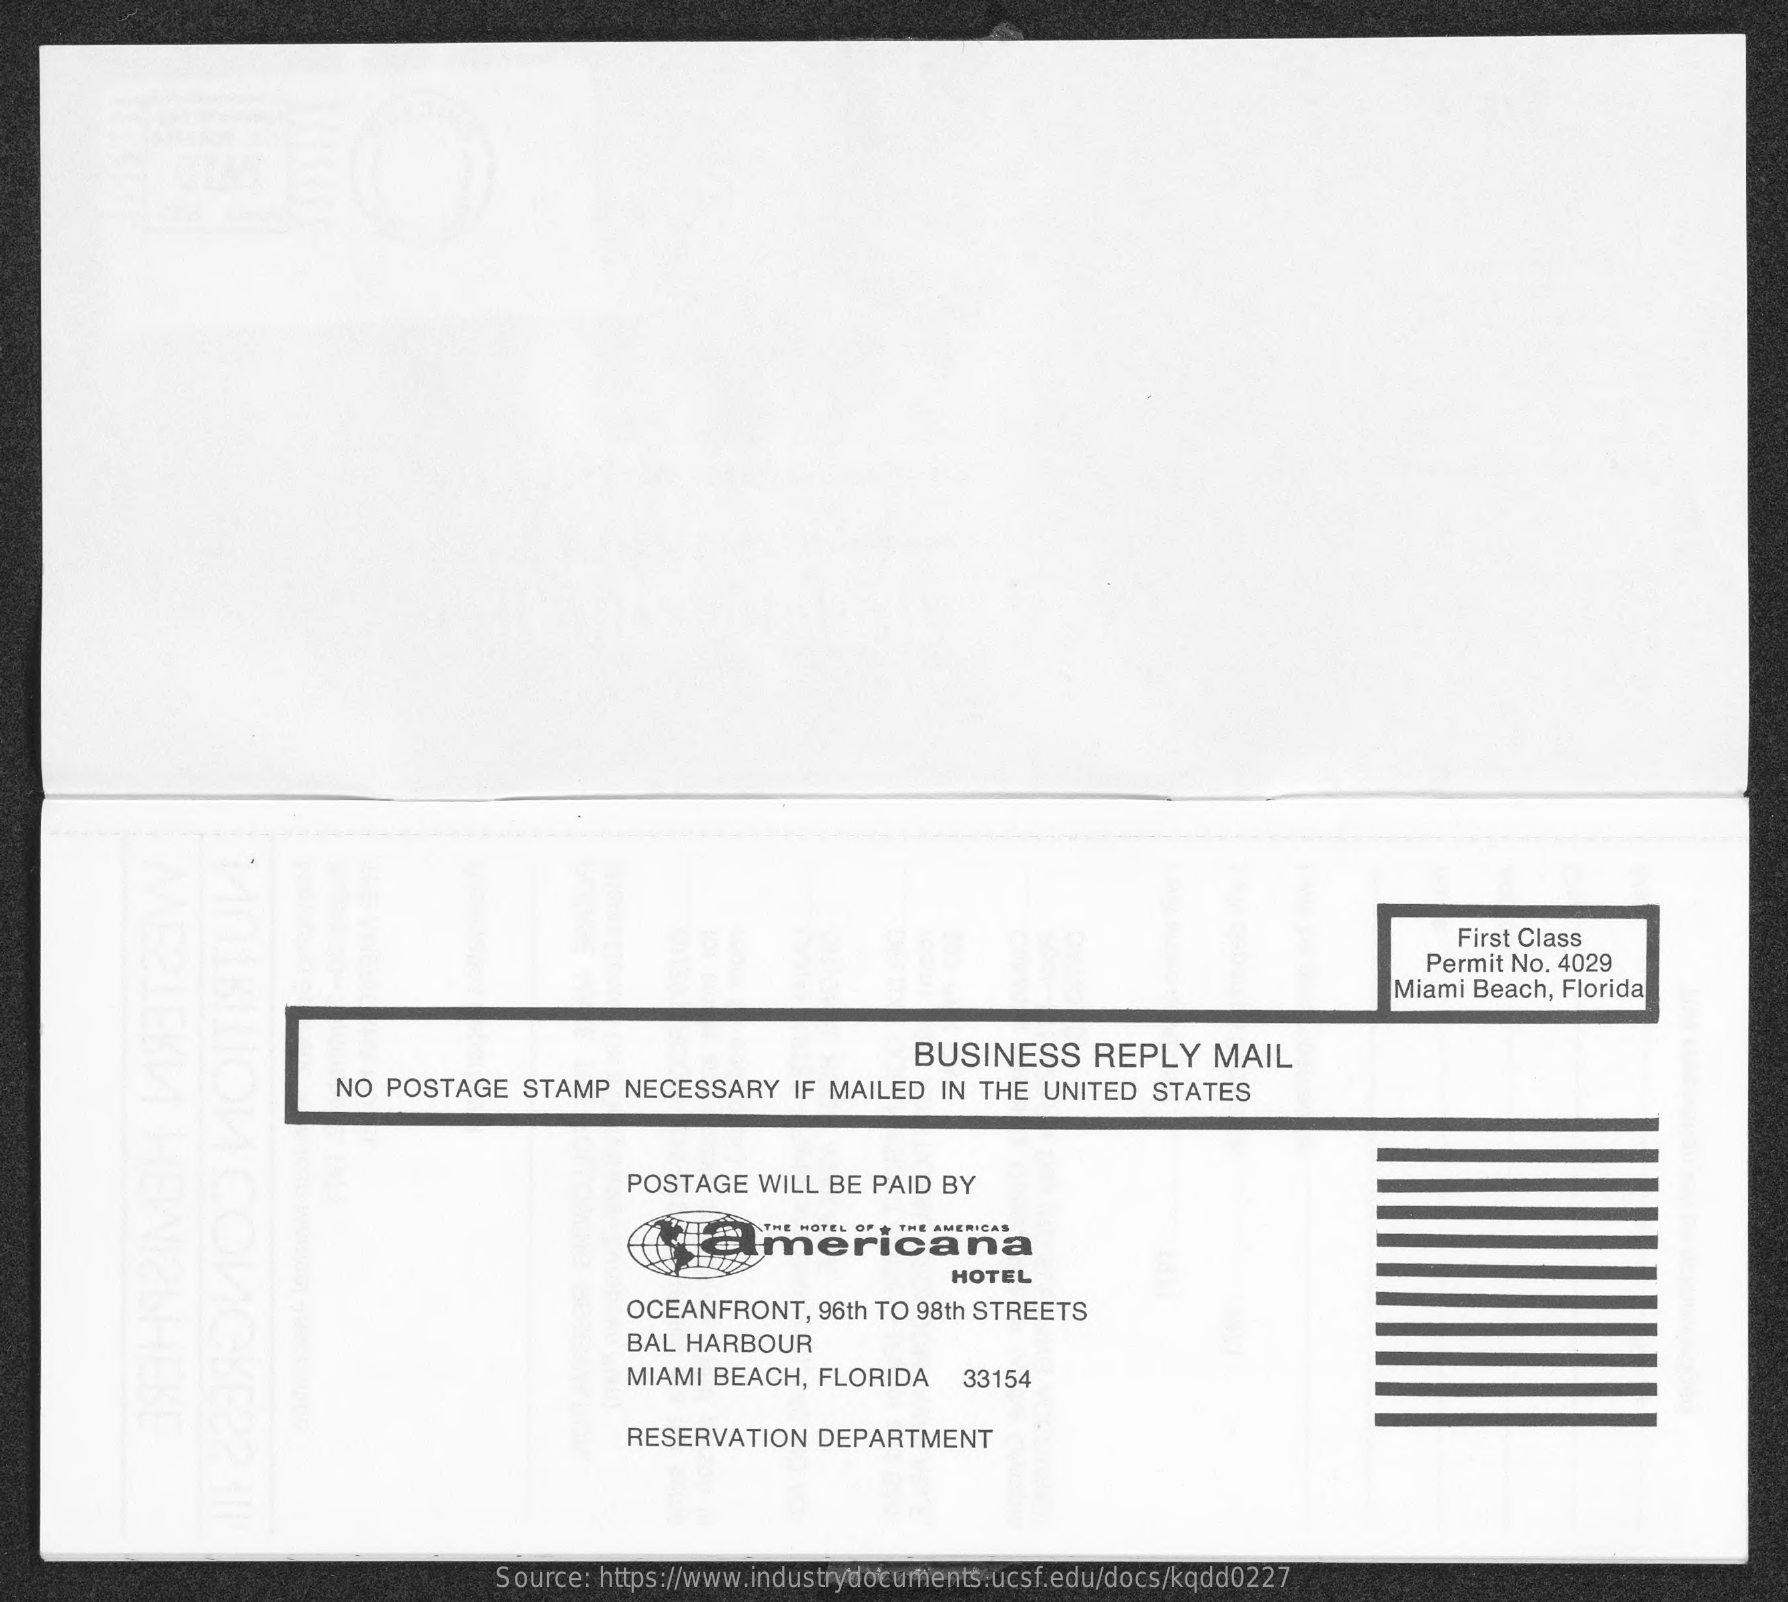
First Class
     Permit No. 4029
     Miami Beach, Florida
     BUSINESS    REPLY    MAIL
     NO  POSTAGE   STAMP  NECESSARY    IF MAILED  IN THE UNITED  STATES
     POSTAGE  WILL BE  PAID BY
     E AMERICAS Americana
     HOTEL
     OCEANFRONT,   96th TO 98th STREETS
     BAL HARBOUR
     MIAMI BEACH,  FLORIDA    33154
     RESERVATION   DEPARTMENT
     Source: https://www.industrydocuments.ucsf.edu/docs/kqdd0227